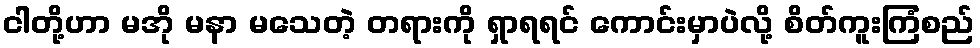
ငါတို့ဟာ မအို မနာ မသေတဲ့ တရားကို ရှာရရင် ကောင်းမှာပဲလို့ စိတ်ကူးကြံစည်